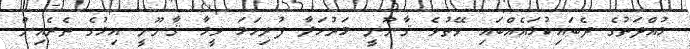
މުއްދަތުގެ ދެބައިކުޅައެއްބައި ވޭތުވެ ޤާނޫނީ މަރުހަލާ ފުރިހަމަ ވީމާ ޤާނޫނީ އިމުގެ ތެރެއިން